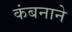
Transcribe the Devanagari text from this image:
कंबनाने